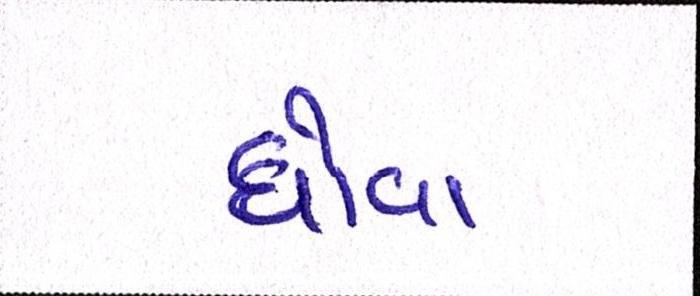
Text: ધોવા